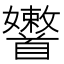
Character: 𩠶